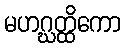
မဟဂ္ဃတ္ထိကော